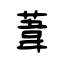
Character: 葦